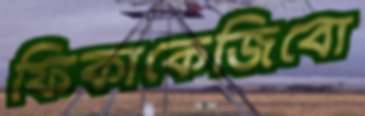
ফিকাকেজিবো